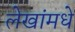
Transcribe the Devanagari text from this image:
लेखांमधे